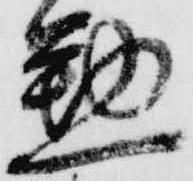
懃